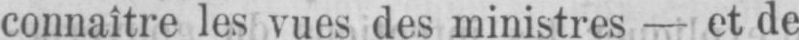
connaître les vues des ministres - et de